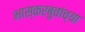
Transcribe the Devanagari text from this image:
भास्करबुवांच्या